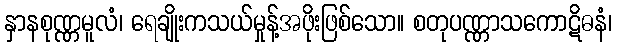
နှာနစုဏ္ဏမူလံ၊ ရေချိုးကသယ်မှုန့်အဖိုးဖြစ်သော။ စတုပဏ္ဏာသကောဋိဓနံ၊